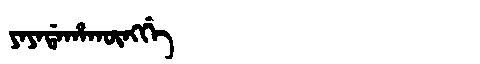
Manchu: ᠶᠠᠶᠠᡩᠠᡥᠠᡴᡡᠩᡤᡝ
Romanization: YAYADAHAKŪNGGE